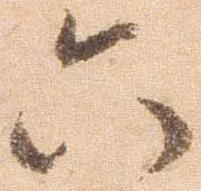
六